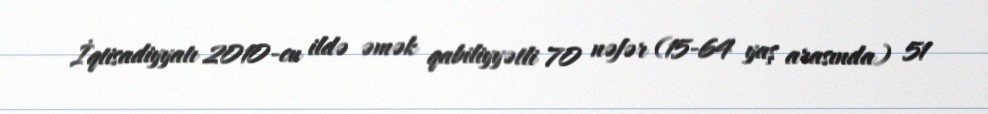
İqtisadiyyatı 2010-cu ildə əmək qabiliyyətli 70 nəfər (15-64 yaş arasında) 51